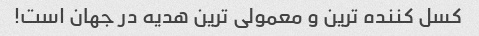
کسل کننده ترین و معمولی ترین هدیه در جهان است!